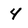
Character: 4